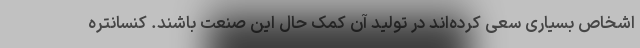
اشخاص بسیاری سعی کرده‌اند در تولید آن کمک حال این صنعت باشند. کنسانتره